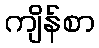
ကျိန်စာ